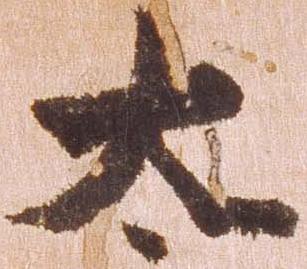
太